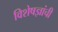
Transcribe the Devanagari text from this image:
विशेषज्ञांची